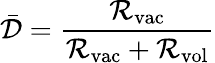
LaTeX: \bar{\mathcal{D}}=\frac{\mathcal{R}_{\mathrm{vac}}}{\mathcal{R}_{\mathrm{vac}}+\mathcal{R}_{\mathrm{vol}}}